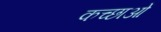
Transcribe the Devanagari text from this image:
कच्छाओं